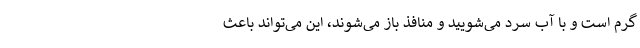
گرم است و با آب سرد می‌شویید و منافذ باز می‌شوند، این می‌تواند باعث